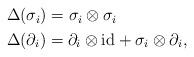
LaTeX: \begin{align*}\begin{aligned}&\Delta(\sigma_i)=\sigma_i\otimes \sigma_i\\&\Delta(\partial_i)=\partial_i\otimes \mbox{id}+\sigma_i\otimes \partial_i,\end{aligned}\end{align*}